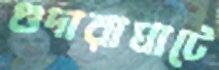
গুদারাঘাটে